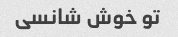
تو خوش شانسی